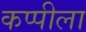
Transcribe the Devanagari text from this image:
कप्पीला